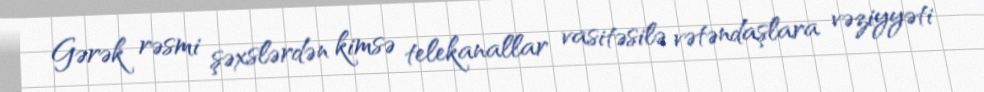
Gərək rəsmi şəxslərdən kimsə telekanallar vasitəsilə vətəndaşlara vəziyyəti